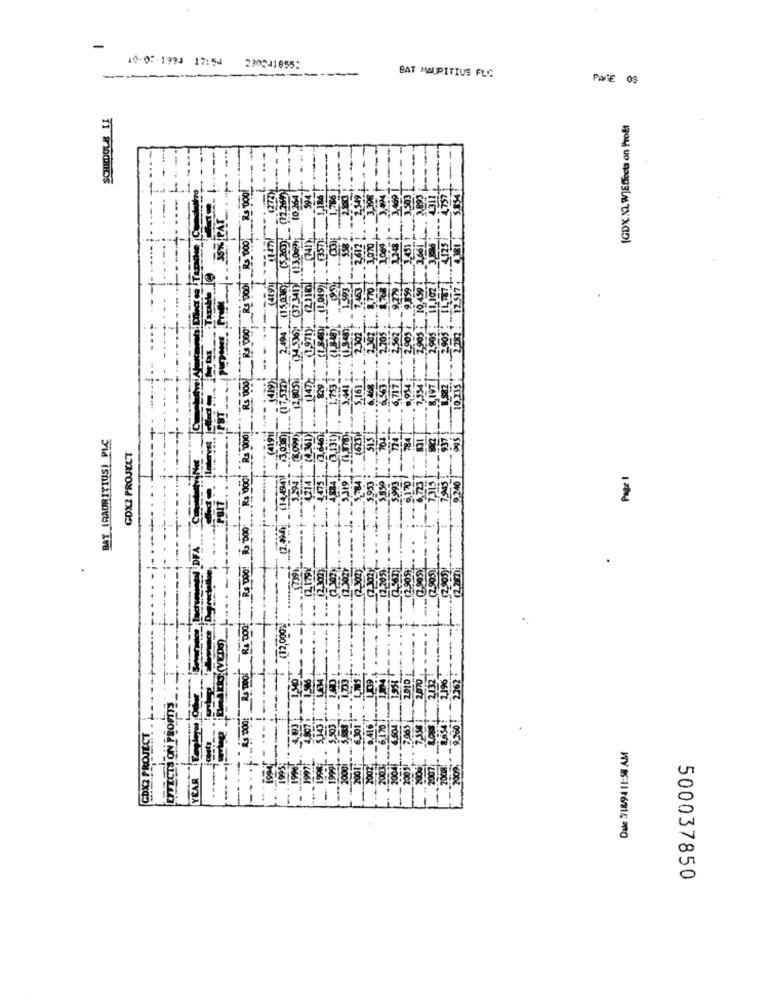
-
PSIZT Feel .20.01
220241855:
BAT MAURITIUS FLC
--
PAGE 08
SCHEDULE LE
(GDXXL W]Effects on Proft
CHAINMIAH!
BAT (MAURITIUS) PLC
GDX2 PROJECT
Page 1
(12,000%
LITECTS ON PROMIS_
CDX3 PROJECT
Dalle 3/18/94 11:58 AM
YEAR
500037850